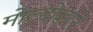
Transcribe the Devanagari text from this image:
मोल्दोव्हाने